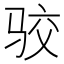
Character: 𱅐